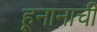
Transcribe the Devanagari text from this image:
हूनानाची